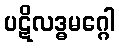
ပဋိလဒ္ဓမဂ္ဂေါ